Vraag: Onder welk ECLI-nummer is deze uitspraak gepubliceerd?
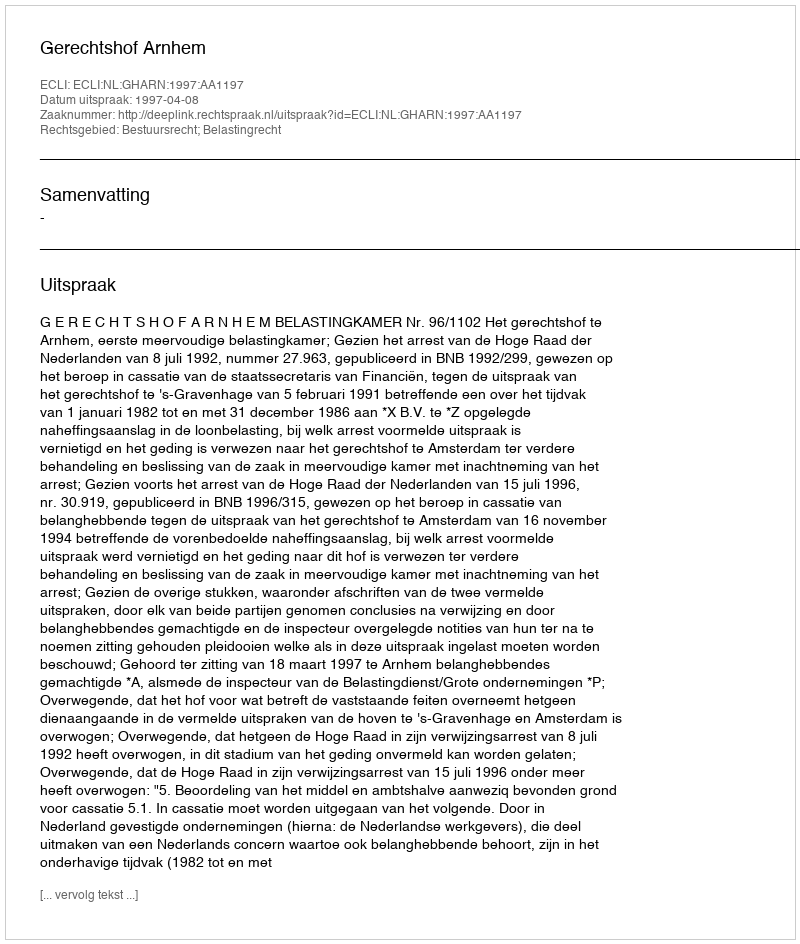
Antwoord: ECLI:NL:GHARN:1997:AA1197